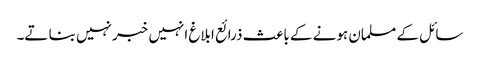
سائل کے مسلمان ہونے کے باعث ذرائع ابلاغ انہیں خبر نہیں بنا تے۔